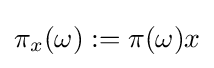
\pi _{x}(\omega ):=\pi (\omega )x